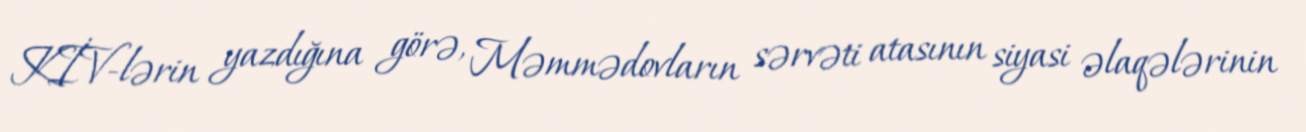
KİV-lərin yazdığına görə, Məmmədovların sərvəti atasının siyasi əlaqələrinin